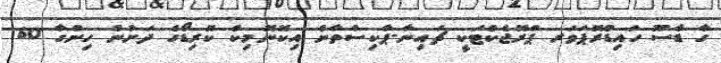
ގާ ޑާސޫ ހައިޑްރޮޕަވަރ ޕްރޮޖެކްޓަކީ ޗައިނާ-ޕާކިސްތާން އިކޮނޮމިކް ކޮރިޑޯގެ ދަށުން ހިންގާ 60